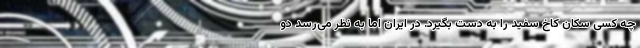
چه کسی سکان کاخ سفید را به دست بگیرد. در ایران اما به نظر می‌رسد دو